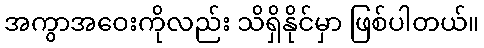
အကွာအဝေးကိုလည်း သိရှိနိုင်မှာ ဖြစ်ပါတယ်။